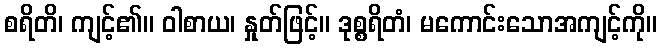
စရိတိ၊ ကျင့်၏။ ဝါစာယ၊ နှုတ်ဖြင့်။ ဒုစ္စရိတံ၊ မကောင်းသောအကျင့်ကို။